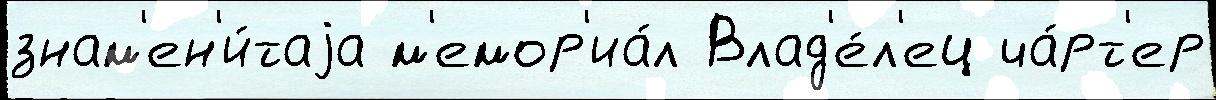
знам'ен'и́таjа м'емор'иа́л Влад'е́л'ец ча́рт'ер